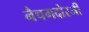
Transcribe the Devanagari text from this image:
नैचगदोरजी